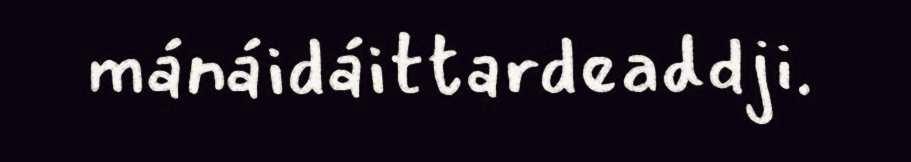
mánáidáittardeaddji.